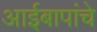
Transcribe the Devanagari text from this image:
आईबापांचे